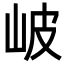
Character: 岥